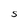
Character: S